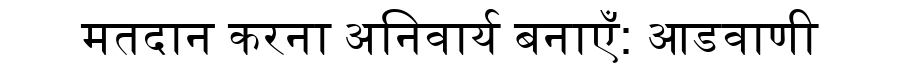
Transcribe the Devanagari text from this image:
मतदान करना अनिवार्य बनाएँ: आडवाणी